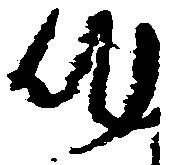
作